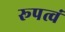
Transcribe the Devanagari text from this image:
रूपत्वं